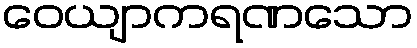
ဝေယျာကရဏသော